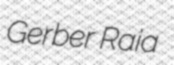
Gerber Raia